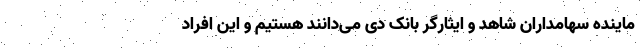
ماینده سهامداران شاهد و ایثارگر بانک دی می‌دانند هستیم و این افراد